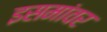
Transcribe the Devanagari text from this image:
इसमांवर